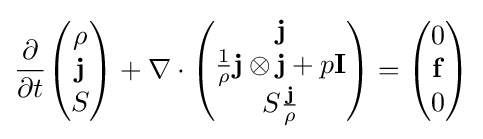
{\frac {\partial }{\partial t}}{\begin{pmatrix}\rho \\\mathbf {j} \\S\end{pmatrix}}+\nabla \cdot {\begin{pmatrix}\mathbf {j} \\{\frac {1}{\rho }}\mathbf {j} \otimes \mathbf {j} +p\mathbf {I} \\S{\frac {\mathbf {j} }{\rho }}\end{pmatrix}}={\begin{pmatrix}0\\\mathbf {f} \\0\end{pmatrix}}